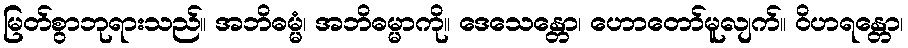
မြတ်စွာဘုရားသည်။ အဘိဓမ္မံ၊ အဘိဓမ္မာကို။ ဒေသေန္တော၊ ဟောတော်မူလျက်။ ဝိဟရန္တော၊